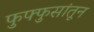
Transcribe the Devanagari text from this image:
फुफ्फुसांतून